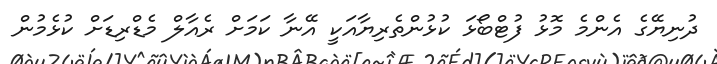
ދުނިޔޭގެ އެންމެ މޮޅު ފުޓްބޯޅަ ކުޅުންތެރިޔާއަކީ އޭނާ ކަމަށް ރެއާލް މެޑްރިޑަށް ކުޅެމުން